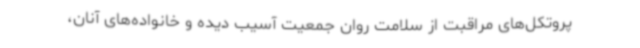
پروتکل‌های مراقبت از سلامت روان جمعیت آسیب دیده و خانواده‌های آنان،